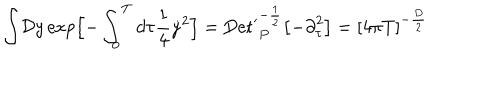
{ \displaystyle \int } { \cal D } y \, \mathrm { e x p } \Bigl [ - \int _ { 0 } ^ { T } d \tau { \frac { 1 } { 4 } } { \dot { y } } ^ { 2 } \Bigr ] = \mathrm { D e t ^ { \prime } } _ { P } ^ { - { \frac { 1 } { 2 } } } \bigl [ - { \partial } _ { \tau } ^ { 2 } \bigr ] = { \lbrack 4 \pi T \rbrack } ^ { - { \frac { D } { 2 } } } \,